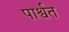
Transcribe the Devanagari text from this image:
पार्श्वत